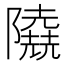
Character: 𨽐